Punjab Mental Hospital Lahore 1922-31 - 1922-1931
Year: 1922
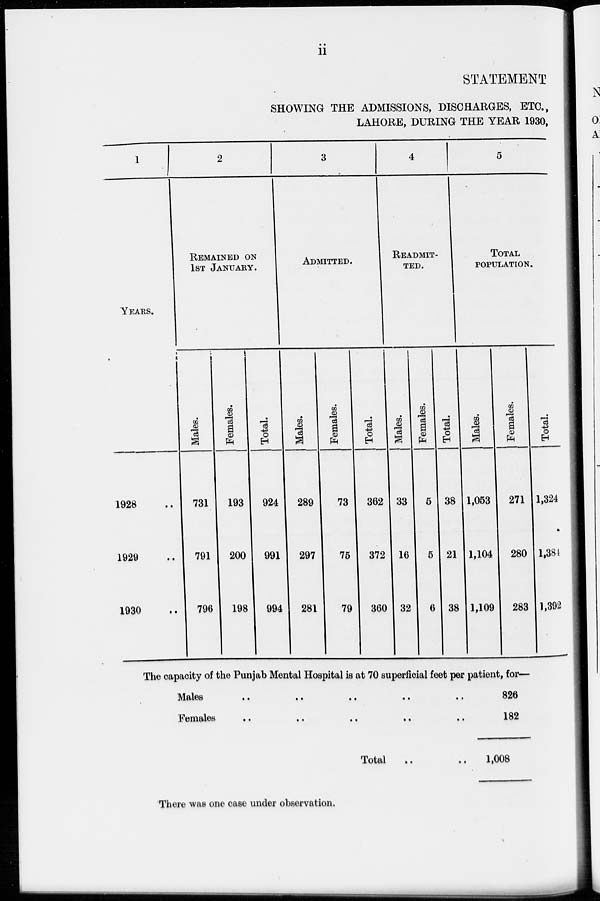
ii
STATEMENT
SHOWING THE ADMISSIONS, DISCHARGES, ETC.,
LAHORE, DURING THE YEAR 1930,
1
YEARS.
1928 ..
1929 ..
1930 ..
2
REMAINED ON
1ST JANUARY.
Males.
731
791
796
Females.
193
200
198
Total.
924
991
994
3
ADMITTED.
Males.
289
297
281
Females.
73
75
79
Total.
362
372
360
4
READMIT-
---.
Males.
33
16
32
Females.
5
5
6
Total.
38
21
38
5
TOTAL
POPULATION.
Males.
1,053
1,104
1,109
Females.
271
280
283
Total.
1,324
1,384
1,392
The capacity of the Punjab Mental Hospital is at 70 superficial feet per patient, for—
Males
..
..
..
..
..
Females
..
..
..
..
..
Total
.. ..
There was one case under observation.
826
182
1,008